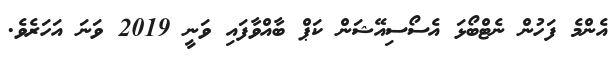
އެންމެ ފަހުން ނެޓްބޯޅަ އެސޯސިއޭޝަން ކަޕް ބާއްވާފައި ވަނީ 2019 ވަނަ އަހަރެވެ.